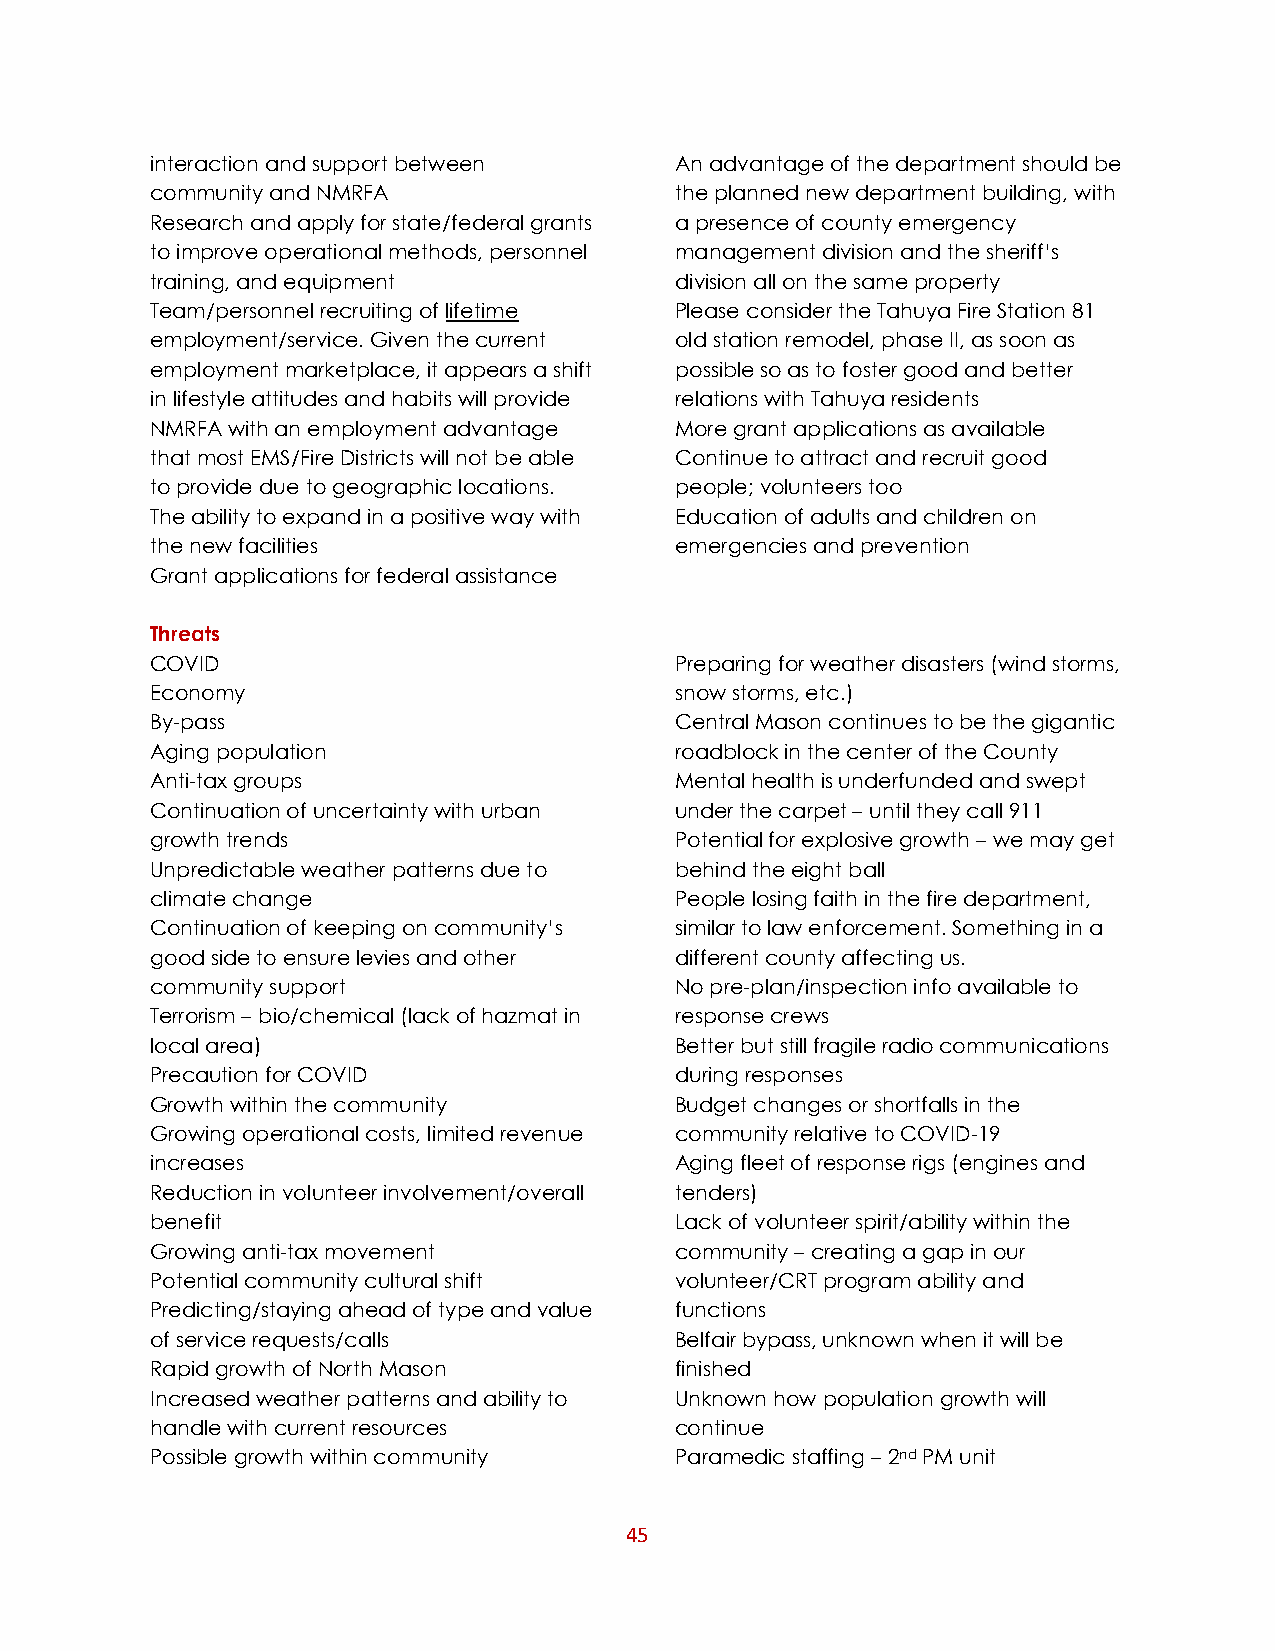
interaction and support between    An advantage of the department should be
 community and NMRFA                the planned new department building, with
 Research and apply for state/federal grants a presence of county emergency
 to improve operational methods, personnel management division and the sheriff’s
 training, and equipment            division all on the same property
 Team/personnel recruiting of lifetime Please consider the Tahuya Fire Station 81
 employment/service. Given the current old station remodel, phase II, as soon as
 employment marketplace, it appears a shift possible so as to foster good and better
 in lifestyle attitudes and habits will provide relations with Tahuya residents
 NMRFA with an employment advantage More grant applications as available
 that most EMS/Fire Districts will not be able Continue to attract and recruit good
 to provide due to geographic locations. people; volunteers too
 The ability to expand in a positive way with Education of adults and children on
 the new facilities                 emergencies and prevention
 Grant applications for federal assistance
 Threats
 COVID                              Preparing for weather disasters (wind storms,
 Economy                            snow storms, etc.)
 By-pass                            Central Mason continues to be the gigantic
 Aging population                   roadblock in the center of the County
 Anti-tax groups                    Mental health is underfunded and swept
 Continuation of uncertainty with urban under the carpet – until they call 911
 growth trends                      Potential for explosive growth – we may get
 Unpredictable weather patterns due to behind the eight ball
 climate change                     People losing faith in the fire department,
 Continuation of keeping on community’s similar to law enforcement. Something in a
 good side to ensure levies and other different county affecting us.
 community support                  No pre-plan/inspection info available to
 Terrorism – bio/chemical (lack of hazmat in response crews
 local area)                        Better but still fragile radio communications
 Precaution for COVID               during responses
 Growth within the community        Budget changes or shortfalls in the
 Growing operational costs, limited revenue community relative to COVID-19
 increases                          Aging fleet of response rigs (engines and
 Reduction in volunteer involvement/overall tenders)
 benefit                            Lack of volunteer spirit/ability within the
 Growing anti-tax movement          community – creating a gap in our
 Potential community cultural shift volunteer/CRT program ability and
 Predicting/staying ahead of type and value functions
 of service requests/calls          Belfair bypass, unknown when it will be
 Rapid growth of North Mason        finished
 Increased weather patterns and ability to Unknown how population growth will
 handle with current resources      continue
 Possible growth within community   Paramedic staffing – 2nd PM unit
 45